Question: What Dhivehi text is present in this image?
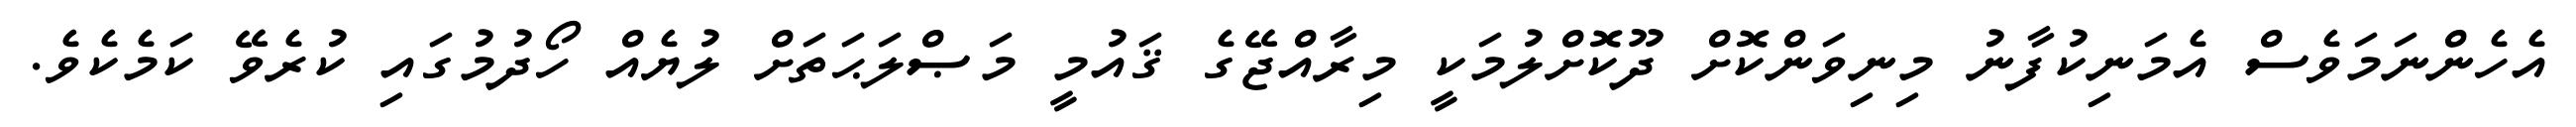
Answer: އެހެންނަމަވެސް އެމަނިކުފާނު މިނިވަންކޮށް ދޫކޮށްލުމަކީ މިރާއްޖޭގެ ޤައުމީ މަޞްލަޙަތަށް ލުޔެއް ހޯދުމުގައި ކުރެވޭ ކަމެކެވެ.